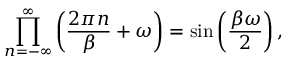
\prod _ { n = - \infty } ^ { \infty } \left( \frac { 2 \pi n } { \beta } + \omega \right) = \sin \left( \frac { \beta \omega } { 2 } \right) ,